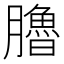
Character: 𦢞